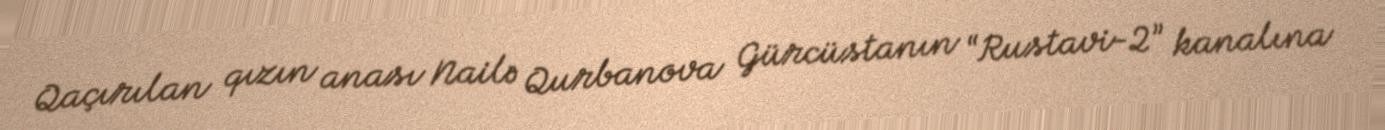
Qaçırılan qızın anası Nailə Qurbanova Gürcüstanın “Rustavi-2” kanalına